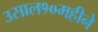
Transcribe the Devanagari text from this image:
३साल१०महीने